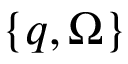
\{ \boldsymbol { q } , \Omega \}